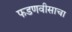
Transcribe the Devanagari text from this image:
फडणवीसाचा